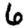
Digit: 6